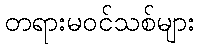
တရားမဝင်သစ်များ